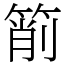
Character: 箾